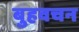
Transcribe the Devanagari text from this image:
बुहवचन